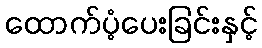
ထောက်ပံ့ပေးခြင်းနှင့်